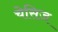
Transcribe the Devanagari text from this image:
चेसिज़